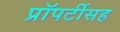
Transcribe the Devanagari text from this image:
प्रॉपर्टीसह